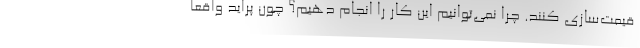
قیمت‌سازی کنند. چرا نمی‌توانیم این کار را انجام دهیم؟ چون پراید واقعا